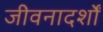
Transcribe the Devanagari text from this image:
जीवनादर्शों